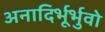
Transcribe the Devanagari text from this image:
अनादिर्भूर्भुवो